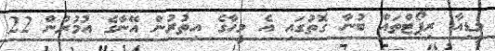
މީޑިއާ ރިޕޯޓްތައް ބުނާ ގޮތުގައި އެ މީހާގެ އިތުރުން އޭނާގެ އުމުރުން 22